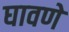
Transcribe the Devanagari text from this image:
घावणे